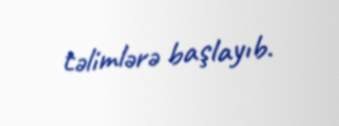
təlimlərə başlayıb.